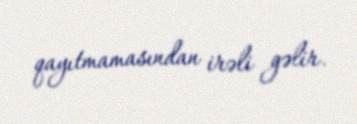
qayıtmamasından irəli gəlir.